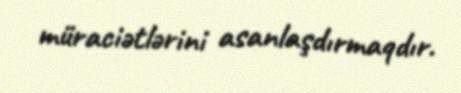
müraciətlərini asanlaşdırmaqdır.